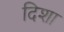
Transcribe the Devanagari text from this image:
दिशा